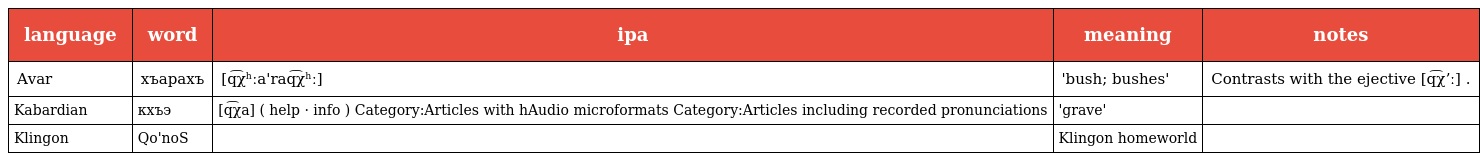
| language | word | ipa | meaning | notes |
 | --- | --- | --- | --- | --- |
 | Avar | хъарахъ | [q͡χʰːa'raq͡χʰː] | 'bush; bushes' | Contrasts with the ejective [q͡χʼː] . |
 | Kabardian | кхъэ | [q͡χa] ( help · info ) Category:Articles with hAudio microformats Category:Articles including recorded pronunciations | 'grave' |  |
 | Klingon | Qo'noS |  | Klingon homeworld |  |